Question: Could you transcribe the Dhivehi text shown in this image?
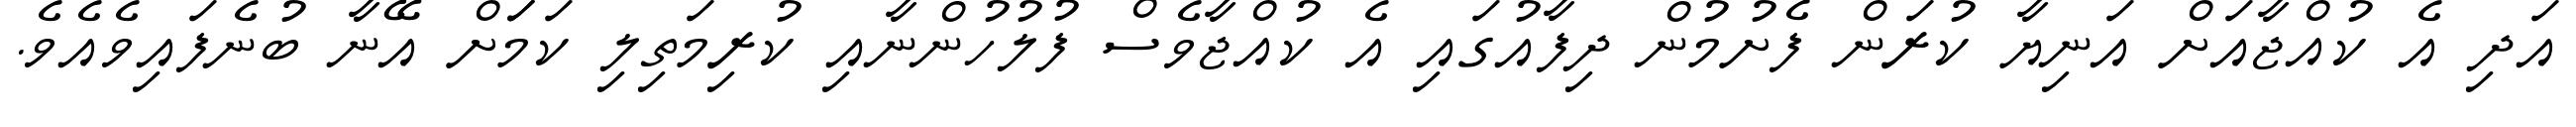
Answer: އަދި އެ ކުއްޖާއަށް އަނިޔާ ކުރަން ފެށުމުން ދިފާއުގައި އެ ކުއްޖާވެސް ފުލުހުންނާއި ކުރިމަތިލި ކަމަަށް އޭނާ ބުނެފައިވެއެވެ.